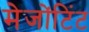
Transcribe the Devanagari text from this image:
मेजोंटिंट